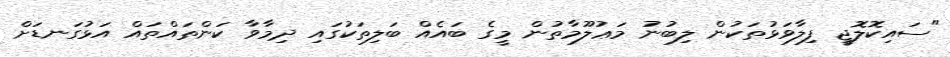
"ސައިކޮލޮޖީ ފިލާވަޅުތަކުން ލިބުނު މަޢުލޫމާތުން މީގެ ބައެއް ބަލިތަކުގައި ދިމާވާ ކަންތައްތައް އަޅުގަނޑަށް